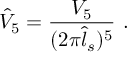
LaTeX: \hat { V } _ { 5 } = \frac { V _ { 5 } } { ( 2 \pi \hat { l } _ { s } ) ^ { 5 } } \ .